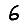
Digit: 6